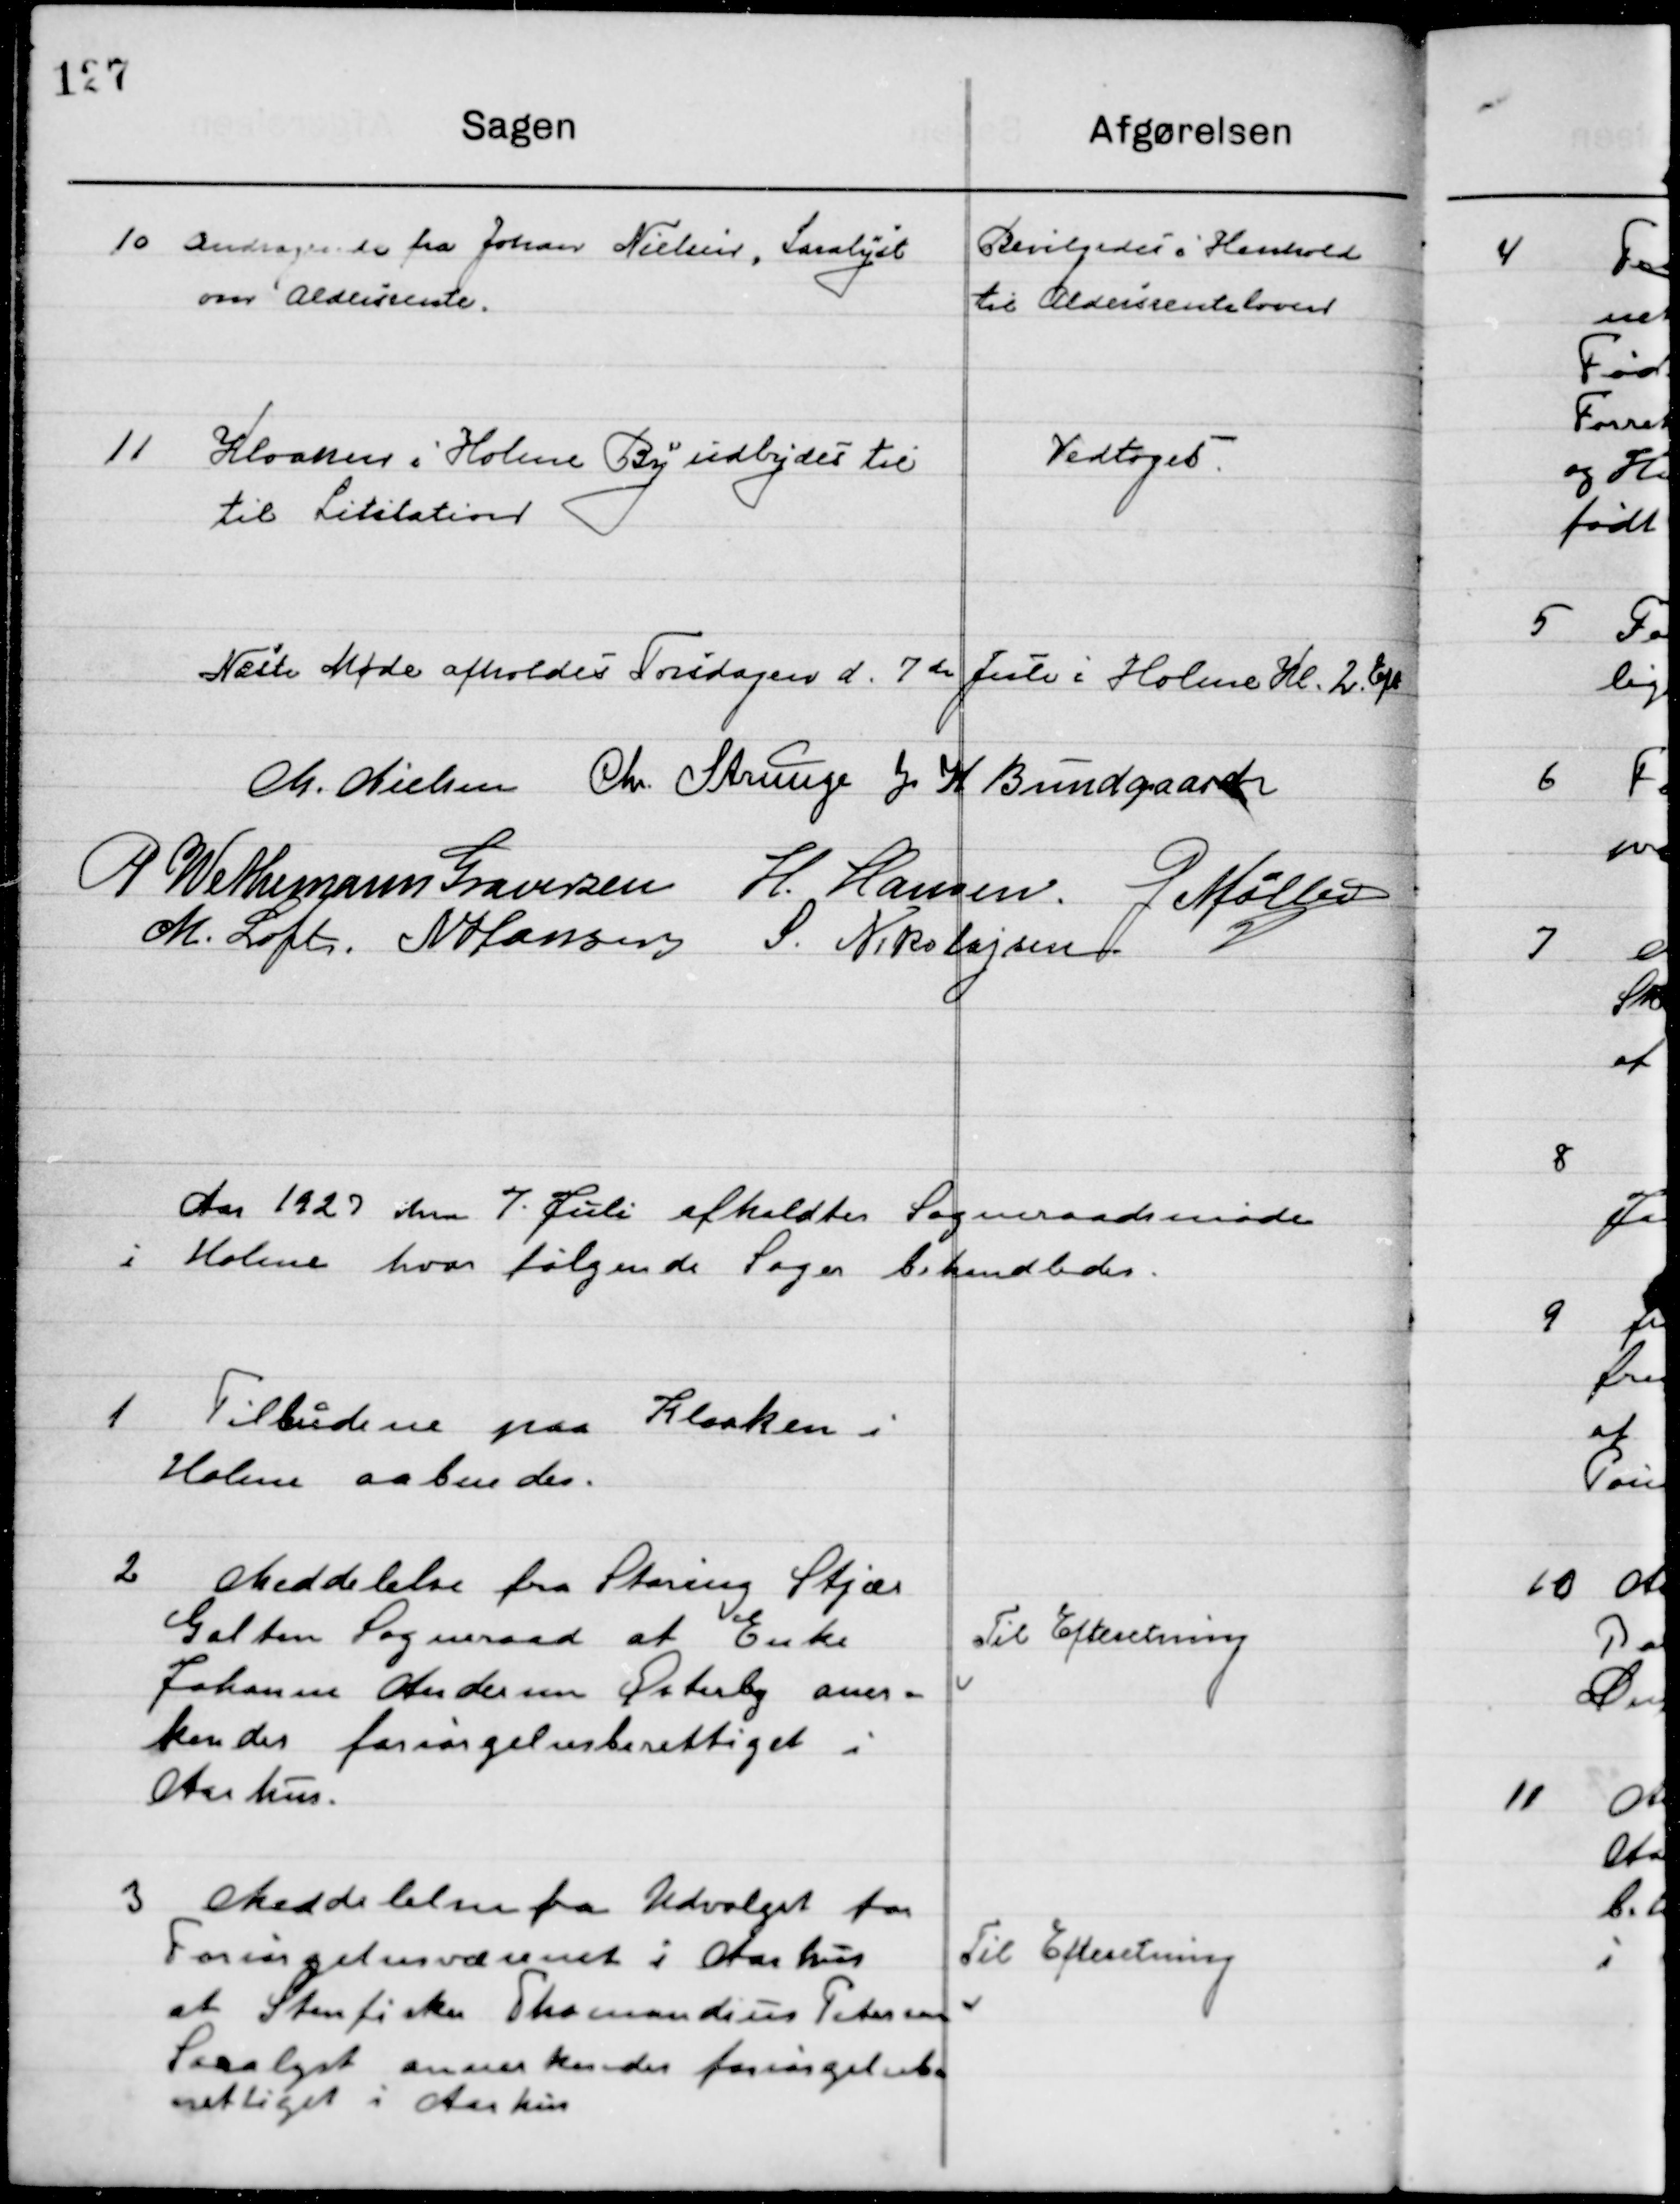
Transskription:
10

Andragende fra Johan Nielsen, Saralyst
om Aldersrente.

Bevilgedes i Henhold
 til Aldersrenteloven

11

Kloarken i Holme By udbydes til
Til Licitation.

Vedtoges

Næste Møde afholdes Torsdagen d. 7de Juli i Holme Kl. 2 Eft.

M. Nielsen
Chr. Strunge
J. H. Bundgaard
P. Wethemann Graversen
H. Hansen
G. Møller
M. Loft
N. Hansen
S. Nikolajsen

Aaret 1927 d. 7de Juli  afholdtes  Sogneraadsmøde 
I Holme hvor følgende Sager behandledes.

1

Tilbud paa Kloakken i
Holme aabenedes.

2

Meddelelse fra Storring Stjær
Galten Sogneraad at Enke
Johanne Andersen Østerby aner-
kendes forsørgelsesberettiget i 
Aarhus.

Til Efterretning

3

Meddelelse fra Udvalget for 
Forsørgelsesvæsenet i Aarhus
at Stenfisker Thomandius Petersen
Saralyst anerkendes forsørgelsesbe-
rettiget i Aarhus.

Til Efterretning